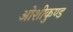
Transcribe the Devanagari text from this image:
ओशीकुण्ड